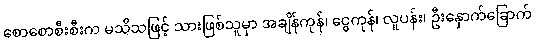
စောစောစီးစီးက မသိသဖြင့် သားဖြစ်သူမှာ အချိန်ကုန်၊ ငွေကုန်၊ လူပန်း၊ ဦးနှောက်ခြောက်